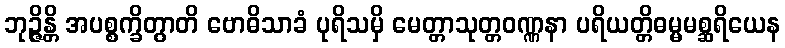
ဘုဉ္ဇိန္တိ အပစ္စက္ခိတွာတိ ဗောဓိသာခံ ပုရိသမှိ မေတ္တာသုတ္တဝဏ္ဏနာ ပရိယတ္တိဓမ္မမစ္ဆရိယေန